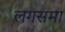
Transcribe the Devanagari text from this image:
लगसमा